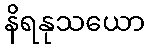
နိရနုသယော